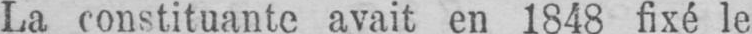
La constituante avait en 1848 fixé le